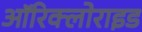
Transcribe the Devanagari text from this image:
ऑरिक्लोराइड